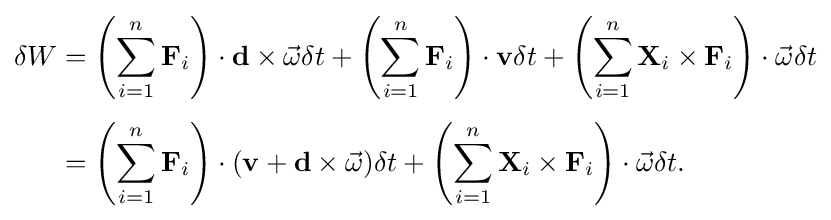
{\begin{aligned}\delta W&=\left(\sum _{i=1}^{n}\mathbf {F} _{i}\right)\cdot \mathbf {d} \times {\vec {\omega }}\delta t+\left(\sum _{i=1}^{n}\mathbf {F} _{i}\right)\cdot \mathbf {v} \delta t+\left(\sum _{i=1}^{n}\mathbf {X} _{i}\times \mathbf {F} _{i}\right)\cdot {\vec {\omega }}\delta t\\[4pt]&=\left(\sum _{i=1}^{n}\mathbf {F} _{i}\right)\cdot (\mathbf {v} +\mathbf {d} \times {\vec {\omega }})\delta t+\left(\sum _{i=1}^{n}\mathbf {X} _{i}\times \mathbf {F} _{i}\right)\cdot {\vec {\omega }}\delta t.\end{aligned}}